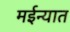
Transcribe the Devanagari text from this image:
मईन्यात